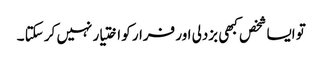
تو ایسا شخص کبھی بزدلی اور فرار کو اختیار نہیں کر سکتا ۔